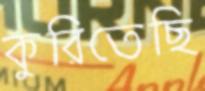
কুরিতেছি